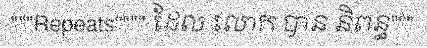
"""Repeats"""" ដែល លោក បាន និពន្ធ"""